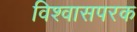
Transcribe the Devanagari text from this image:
विश्वासपरक